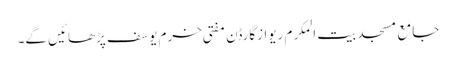
جامع مسجد بیت المکرم ریوازگارڈن مفتی خرم یوسف پڑھائیں گے۔